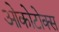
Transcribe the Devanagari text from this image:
ओकोटोक्स